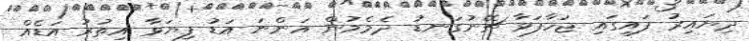
ދިޔައިރު ފައިގައި ޖަހާފަވާ ޗޭނުގަނޑު ދެމެމުން އަންނަ އަޑު ފިޔަވާ އިތުރު އަޑެއް